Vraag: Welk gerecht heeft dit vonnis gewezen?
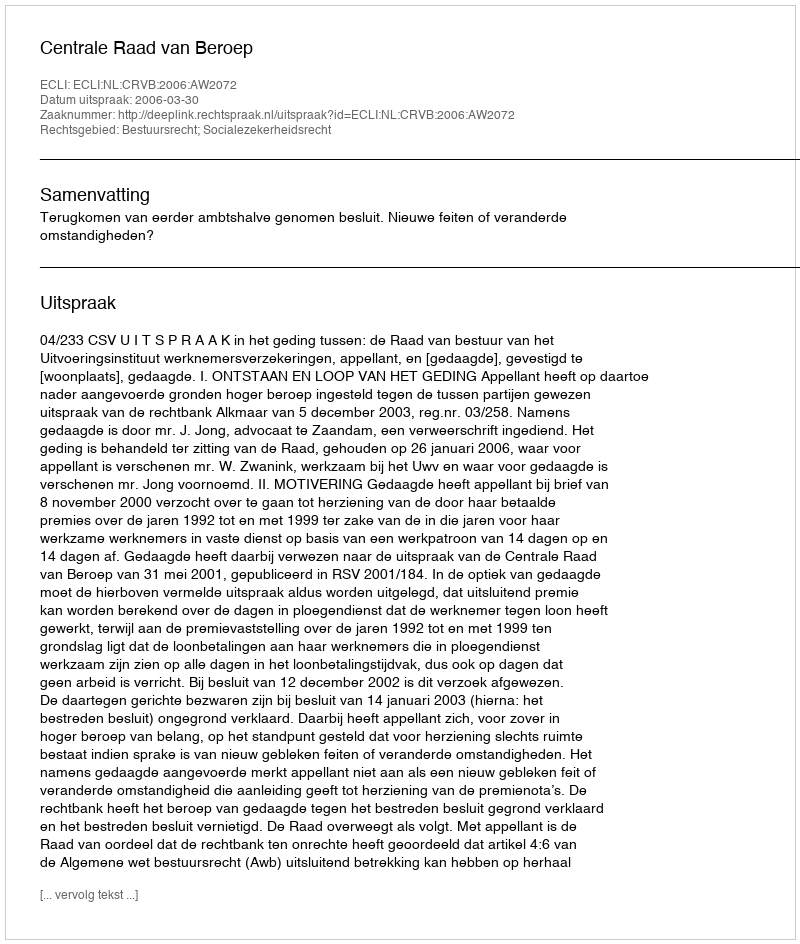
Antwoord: Centrale Raad van Beroep